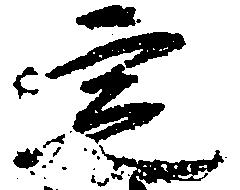
定